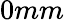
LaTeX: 0mm